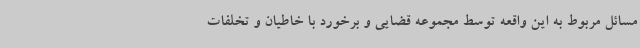
مسائل مربوط به این واقعه توسط مجموعه قضایی و برخورد با خاطیان و تخلفات